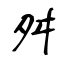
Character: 舛